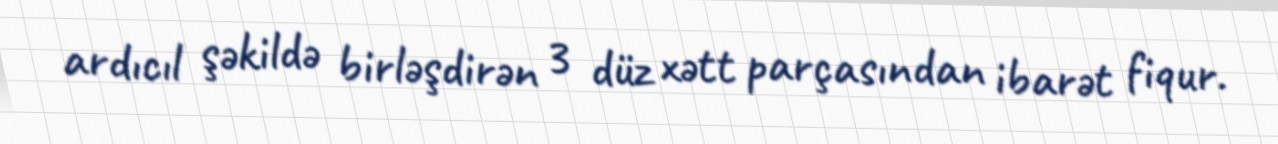
ardıcıl şəkildə birləşdirən 3 düz xətt parçasından ibarət fiqur.